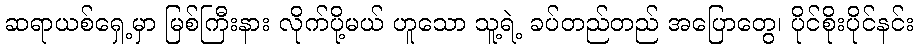
ဆရာယစ်ရှေ့မှာ မြစ်ကြီးနား လိုက်ပို့မယ် ဟူသော သူ့ရဲ့ ခပ်တည်တည် အပြောတွေ၊ ပိုင်စိုးပိုင်နင်း